Annual administration report of the Civil Veterinary Department, Sind - 1938-1939
Year: 1938
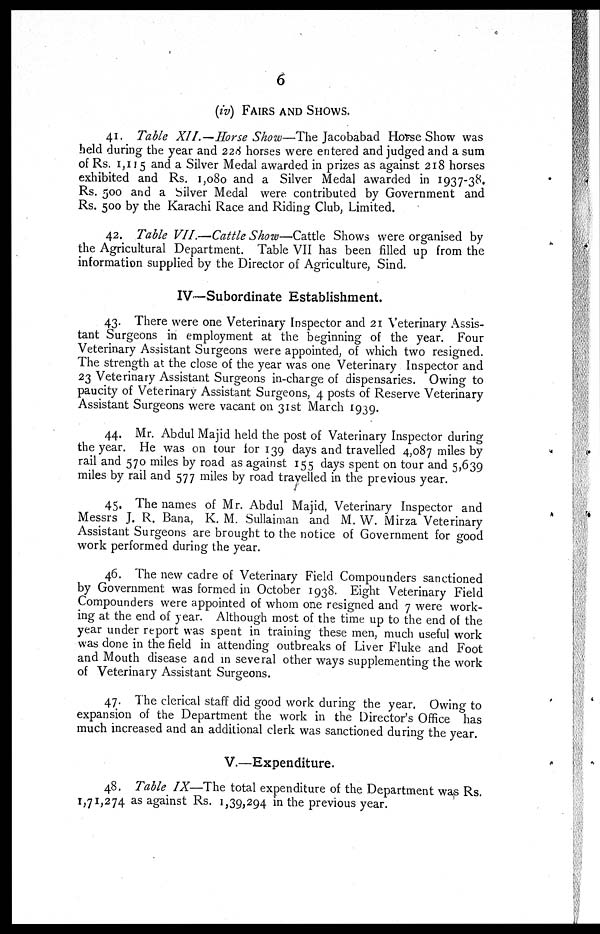
6
(iv) FAIRS AND SHOWS.
41. Table XII.—Horse Show—The Jacobabad Horse Show was
held during the year and 228 horses were entered and judged and a sum
of Rs. 1,115 and a Silver Medal awarded in prizes as against 218 horses
exhibited and Rs. 1,080 and a Silver Medal awarded in 1937-38.
Rs. 500 and a Silver Medal were contributed by Government and
Rs. 500 by the Karachi Race and Riding Club, Limited.
42. Table VII.—Cattle Show—Cattle Shows were organised by
the Agricultural Department. Table VII has been filled up from the
information supplied by the Director of Agriculture, Sind.
IV—Subordinate Establishment.
43. There were one Veterinary Inspector and 21 Veterinary Assis-
tant Surgeons in employment at the beginning of the year. Four
Veterinary Assistant Surgeons were appointed, of which two resigned.
The strength at the close of the year was one Veterinary Inspector and
23 Veterinary Assistant Surgeons in-charge of dispensaries. Owing to
paucity of Veterinary Assistant Surgeons, 4 posts of Reserve Veterinary
Assistant Surgeons were vacant on 31st March 1939.
44. Mr. Abdul Majid held the post of Vaterinary Inspector during
the year. He was on tour for 139 days and travelled 4,087 miles by
rail and 570 miles by road as against 155 days spent on tour and 5,639
miles by rail and 577 miles by road travelled in the previous year.
45. The names of Mr. Abdul Majid, Veterinary Inspector and
Messrs J. R. Bana, K. M. Sullaiman and M. W. Mirza Veterinary
Assistant Surgeons are brought to the notice of Government for good
work performed during the year.
46. The new cadre of Veterinary Field Compounders sanctioned
by Government was formed in October 1938. Eight Veterinary Field
Compounders were appointed of whom one resigned and 7 were work-
ing at the end of year. Although most of the time up to the end of the
year under report was spent in training these men, much useful work
was done in the field in attending outbreaks of Liver Fluke and Foot
and Mouth disease and in several other ways supplementing the work
of Veterinary Assistant Surgeons.
47. The clerical staff did good work during the year, Owing to
expansion of the Department the work in the Director's Office has
much increased and an additional clerk was sanctioned during the year.
V.—Expenditure.
48. Table IX—The total expenditure of the Department was Rs.
1,71,274 as against Rs. 1,39,294 in the previous year.